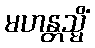
မဟန္တသ္မိံ